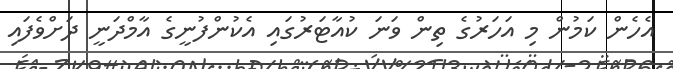
އެހެން ކަމުން މި އަހަރުގެ ތިން ވަނަ ކުއާޓަރުގައި އެކުންފުނީގެ އާމްދަނީ ދަށްވެފައި